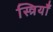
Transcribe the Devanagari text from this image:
स्त्रियॉँ